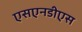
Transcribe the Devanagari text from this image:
एसएनडीएस